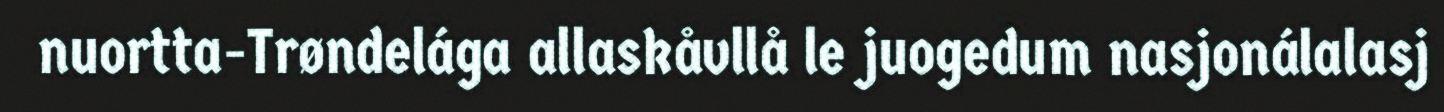
nuortta-Trøndelága allaskåvllå le juogedum nasjonálalasj